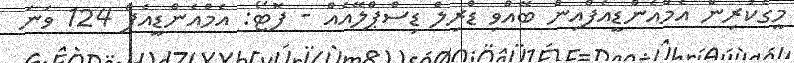
މީގެކުރިން އެމްއެންޑީއެފްއިން ބޭއްވި ޑްރިލް ޑިސްޕްލޭއެއް - ފޮޓޯ: އެމްއެންޑީއެފް 124 ވަނަ